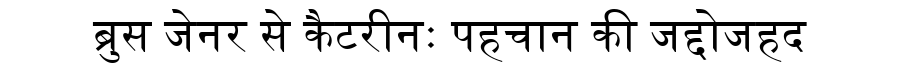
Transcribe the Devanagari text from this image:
ब्रुस जेनर से कैटरीनः पहचान की जद्दोजहद